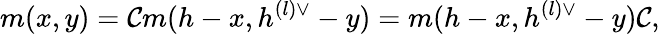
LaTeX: m(x,y)={\cal C}m(h-x,h^{(l)\vee}-y)=m(h-x,h^{(l)\vee}-y){\cal C},